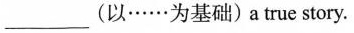
___(以……为基础) a true story.